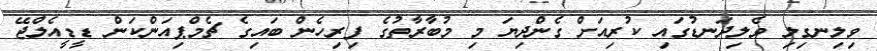
ވިލިނގިލި ވެލިދަނޑުގައި ކުރިއަށް ގެންދިޔަ މި މުބާރާތުގެ ފިރިހެން ބައިގެ ޗެމްޕިއަންކަން ޑީޑީއެލްޖޭ